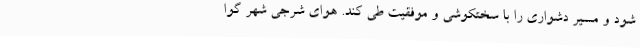
شود و مسیر دشواری را با سختکوشی و موفقیت طی کند. هوای شرجی شهر گوا